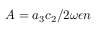
A = { a _ { 3 } c _ { 2 } } / { 2 \omega { \epsilon } n }